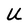
Character: U